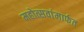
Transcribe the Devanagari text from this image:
महोत्सवांमार्फत